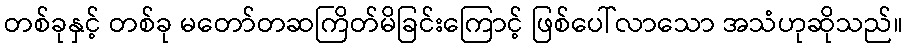
တစ်ခုနှင့် တစ်ခု မတော်တဆကြိတ်မိခြင်းကြောင့် ဖြစ်ပေါ်လာသော အသံဟုဆိုသည်။